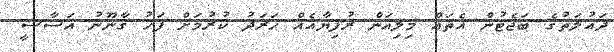
ދައުލަތުގެ ބަޖެޓުން އެތައް މިލިއަން ރުފިޔާއެއް ހަރަދު ކުރުމަށް ފަހު ގާނޫނު އަސާސީ